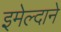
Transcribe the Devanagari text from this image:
इमेल्दाने